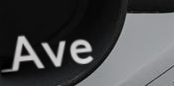
Ave